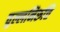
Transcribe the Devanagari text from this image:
चुल्लनिरुत्ति